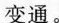
变通。